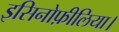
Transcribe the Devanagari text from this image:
इसिनोफ़ीलिया।